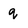
Character: q